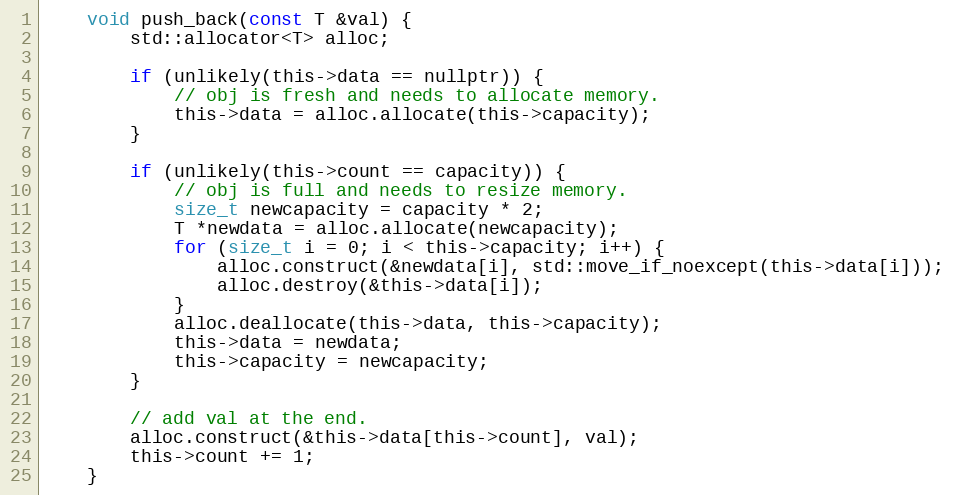
Language: C
	void push_back(const T &val) {
		std::allocator<T> alloc;

		if (unlikely(this->data == nullptr)) {
			// obj is fresh and needs to allocate memory.
			this->data = alloc.allocate(this->capacity);
		}

		if (unlikely(this->count == capacity)) {
			// obj is full and needs to resize memory.
			size_t newcapacity = capacity * 2;
			T *newdata = alloc.allocate(newcapacity);
			for (size_t i = 0; i < this->capacity; i++) {
				alloc.construct(&newdata[i], std::move_if_noexcept(this->data[i]));
				alloc.destroy(&this->data[i]);
			}
			alloc.deallocate(this->data, this->capacity);
			this->data = newdata;
			this->capacity = newcapacity;
		}

		// add val at the end.
		alloc.construct(&this->data[this->count], val);
		this->count += 1;
	}